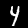
Label: 4